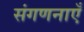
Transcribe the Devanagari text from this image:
संगणनाएँ